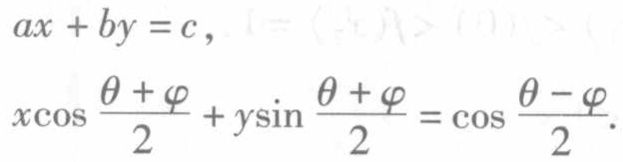
\(ax + by = c,\)
\(x\cos\frac{\theta + \varphi}{2}+y\sin\frac{\theta + \varphi}{2}=\cos\frac{\theta - \varphi}{2}.\)